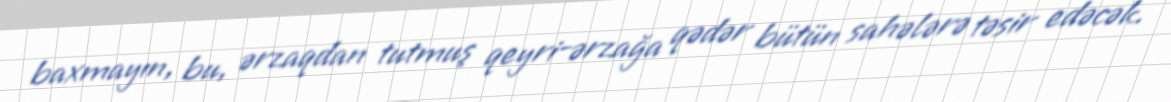
baxmayın, bu, ərzaqdan tutmuş qeyri-ərzağa qədər bütün sahələrə təsir edəcək.